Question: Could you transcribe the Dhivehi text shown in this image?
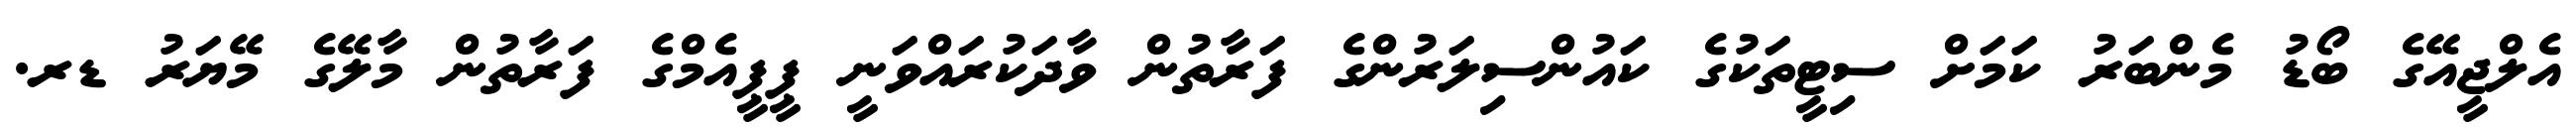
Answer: އެލްޖީއޭގެ ބޯޑު މެންބަރު ކަމަށް ސިޓީތަކުގެ ކައުންސިލަރުންގެ ފަރާތުން ވާދަކުރައްވަނީ ޕީޕީއެމްގެ ފަރާތުން މާލޭގެ މޭޔަރު ޑރ.